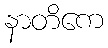
နာတိကေ